Indian journal of veterinary science and animal husbandry - Volume 1,
Year: 1931
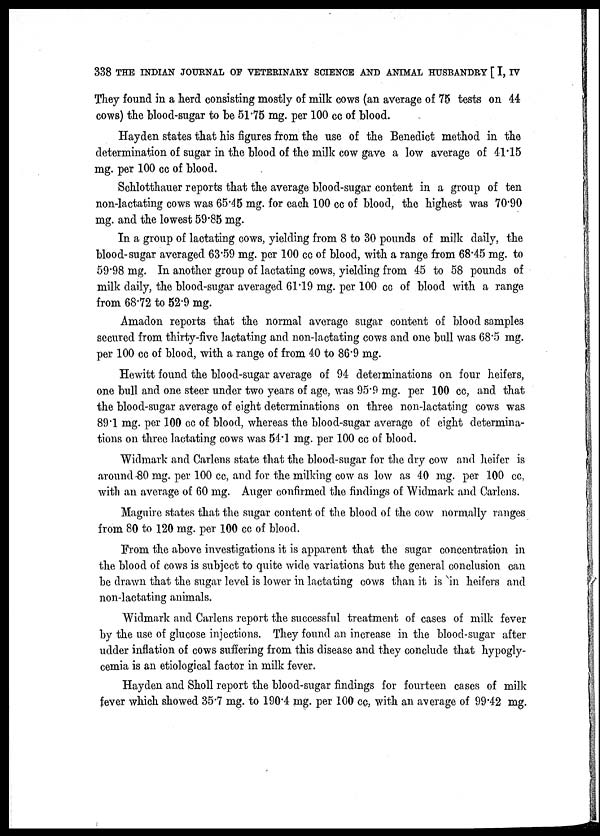
338 THE INDIAN JOURNAL OF VETERINARY SCIENCE AND ANIMAL HUSBANDRY [ I, IV
They found in a herd consisting mostly of milk cows (an average of 75 tests on 44
cows) the blood-sugar to be 51.75 mg. per 100 cc of blood.
Hayden states that his figures from the use of the Benedict method in the
determination of sugar in the blood of the milk cow gave a low average of 41 .15
mg. per 100 cc of blood.
Schlotthauer reports that the average blood-sugar content in a group of ten
non-lactating cows was 65.45 mg. for each 100 cc of blood, the highest was 70.90
mg. and the lowest 59.85 mg.
In a group of lactating cows, yielding from 8 to 30 pounds of milk daily, the
blood-sugar averaged 63.59 mg. per 100 cc of blood, with a range from 68.45 mg. to
59.98 mg. In another group of lactating cows, yielding from 45 to 58 pounds of
milk daily, the blood-sugar averaged 61.19 mg. per 100 cc of blood with a range
from 68.72 to 52.9 mg.
Amadon reports that the normal average sugar content of blood samples
secured from thirty-five lactating and non-lactating cows and one bull was 68.5 mg.
per 100 cc of blood, with a range of from 40 to 86.9 mg.
Hewitt found the blood-sugar average of 94 determinations on four heifers,
one bull and one steer under two years of age, was 95.9 mg. per 100 cc, and that
the blood-sugar average of eight determinations on three non-lactating cows was
89.1 mg. per 100 cc of blood, whereas the blood-sugar average of eight determina-
tions on three lactating cows was 54.1 mg. per 100 cc of blood.
Widmark and Carlens state that the blood-sugar for the dry cow and heifer is
around 80 mg. per 100 cc, and for the milking cow as low as 40 mg. per 100 cc,
with an average of 60 mg. Auger confirmed the findings of Widmark and Carlens.
Maguire states that the sugar content of the blood of the cow normally ranges
from 80 to 120 mg. per 100 cc of blood.
From the above investigations it is apparent that the sugar concentration in
the blood of cows is subject to quite wide variations but the general conclusion can
be drawn that the sugar level is lower in lactating cows than it is in heifers and
non-lactating animals.
Widmark and Carlens report the successful treatment of cases of milk fever
by the use of glucose injections. They found an increase in the blood-sugar after
udder inflation of cows suffering from this disease and they conclude that hypogly-
cemia is an etiological factor in milk fever.
Hayden and Sholl report the blood-sugar findings for fourteen cases of milk
fever which showed 35.7 mg. to 190.4 mg. per 100 cc, with an average of 99.42 mg.